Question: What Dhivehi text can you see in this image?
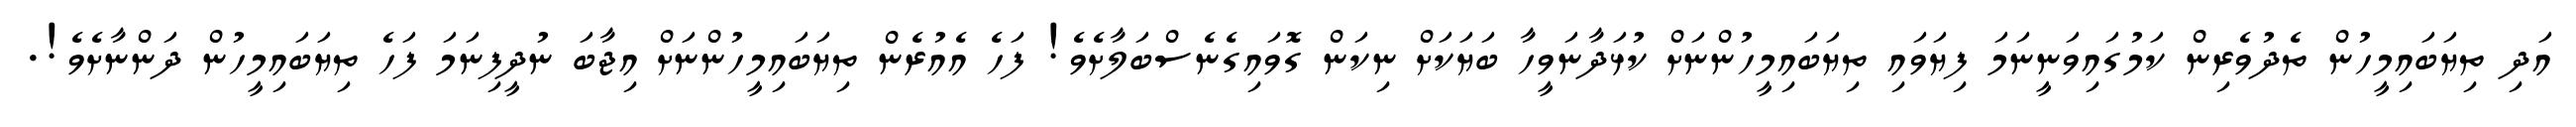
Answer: އަދި ތިޔަބައިމީހުން ތެދުވެރިން ކަމުގައިވަނީނަމަ ފިޔަވައި ތިޔަބައިމީހުންނަށް ކުޅަދާނަވީހާ ބަޔަކަށް ނިކަން ގޮވައިގެނެސްބަލާށެވެ! ފަހެ އެއުރެން ތިޔަބައިމީހުންނަށް އިޖާބަ ނުދީފިނަމަ ފަހެ ތިޔަބައިމީހުން ދަންނާށެވެ!.